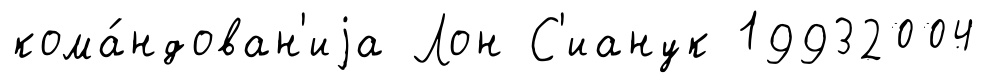
кома́ндован'иjа Лон С'ианук 19932004